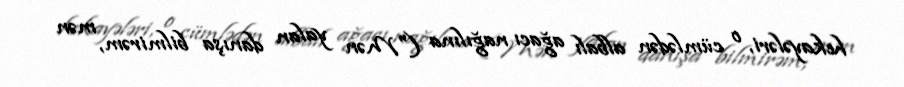
hekayələri, o cümlədən albalı ağacı nağılına ("Mən yalan danışa bilmirəm, mən